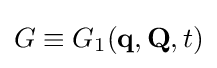
{\textstyle G\equiv G_{1}(\mathbf {q} ,\mathbf {Q} ,t)}